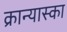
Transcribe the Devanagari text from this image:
क्रान्यास्का